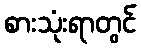
စားသုံးရာတွင်